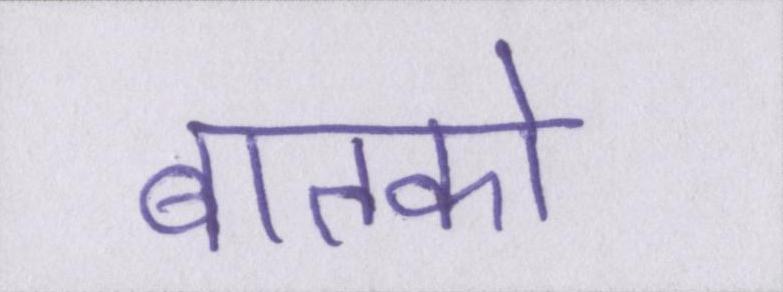
बातको